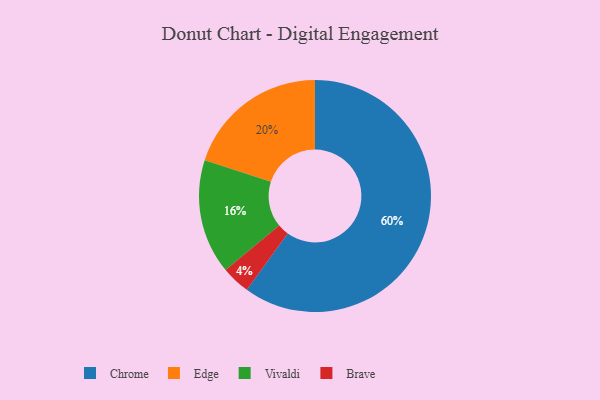
{"axis": {"x": "Category", "y": "Percentage"}, "legend": ["Brave", "Chrome", "Edge", "Vivaldi"], "data": [{"x": "Edge", "y": 20, "type": "Edge"}, {"x": "Chrome", "y": 60, "type": "Chrome"}, {"x": "Brave", "y": 4, "type": "Brave"}, {"x": "Vivaldi", "y": 16, "type": "Vivaldi"}]}